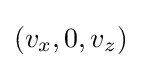
(v_{x},0,v_{z})